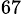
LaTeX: ^{67}